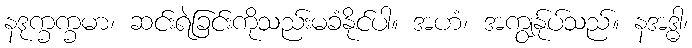
နဒုက္ခက္ခမာ၊ ဆင်းရဲခြင်းကိုသည်းမခံနိုင်ပါ။ အဟံ၊ အကျွန်ုပ်သည်။ နအဒ္ဓါ၊